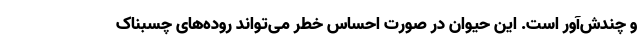
و چندش‌آور است. این حیوان در صورت احساس خطر می‌تواند روده‌های چسبناک